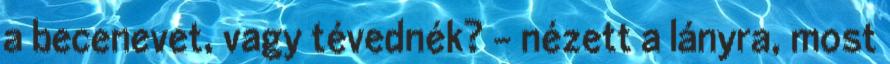
a becenevet, vagy tévednék? – nézett a lányra, most